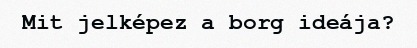
Mit jelképez a borg ideája?